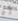
ان